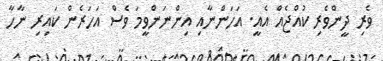
ވެރި ދީންވެރި ކުއްޖެއް އެއީ. އަހަންނާއި އިންނަންވީމަ ވެސް އަހަރެން ކައިރި ނާހާ